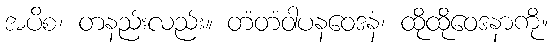
အပိစ၊ တနည်းလည်း။ တံတံဝါပနဝေဒနံ၊ ထိုထိုဝေဒနာကို။